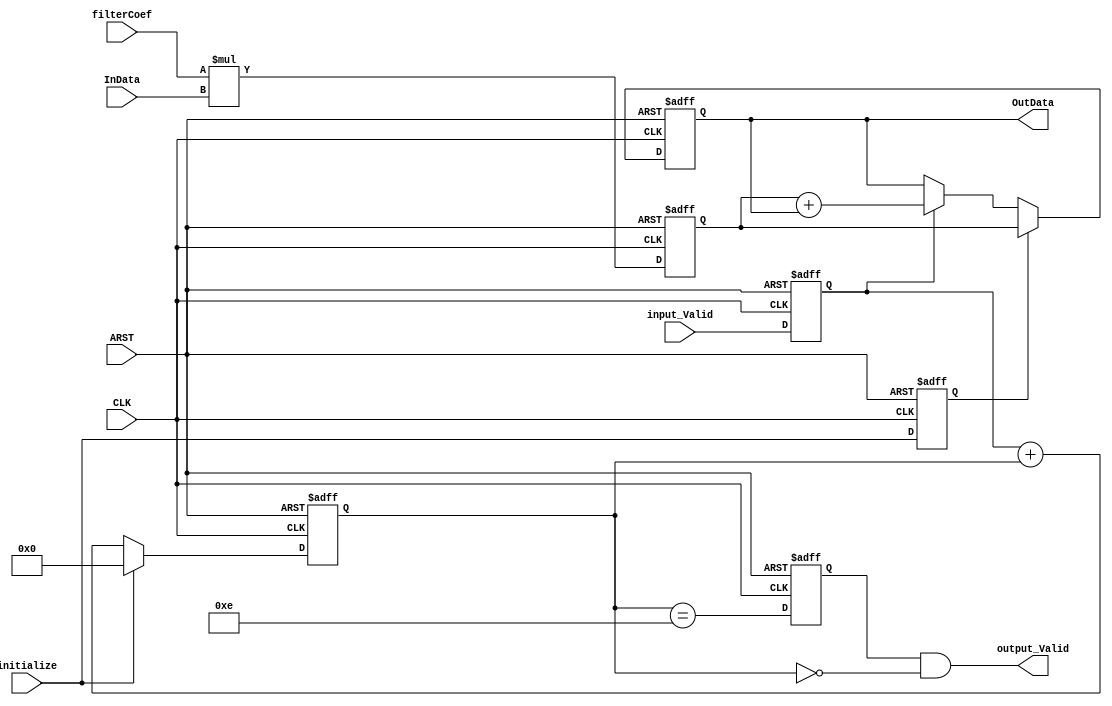
module MAC1
  (/*AUTOARG*/
   // Outputs
   OutData, output_Valid,
   // Inputs
   CLK, ARST, input_Valid, initialize, InData, filterCoef
   );


   //**************************************************************************//
   //*                         Declarations                                   *//
   //**************************************************************************//
   // DATA TYPE - INPUTS AND OUTPUTS
   input                               CLK                     ;  // 60MHz Clock
   input                               ARST                    ;
   input                               input_Valid             ;
   input                               initialize              ;
   input   signed [(15):0] 	       InData, filterCoef      ;
//   input 			       Sync;
   
   output  signed [(31):0] 	       OutData                 ;
   output                              output_Valid            ;
   
   // DATA TYPE - REGISTERS
   reg     signed [(31):0] 	       mult            ;
   reg signed [31:0] 		       accum;
   
   reg                                 input_Valid0            ;
   reg                                 initialize1             ;
   
   reg                                 output_Valid_1          ;
   
   wire                                output_Valid            ;
   reg [3:0] 			       count                   ;
   
   // DATA TYPE - WIRES
   wire    signed [(31):0] 	       accum_tmp               ;
   wire [3:0] 			       taps                    ;
   

//   assign  taps = (15 == 15) ? 0 : (15 - 15 + 15) ;


   //**************************************************************************//
   //*                         Input Buffers                                  *//
   //**************************************************************************//
   always @(posedge CLK or posedge ARST)
     if (ARST)     input_Valid0 <=  1'b0 ;
     else          input_Valid0 <=  input_Valid ;
   
   always @(posedge CLK or posedge ARST)
     if (ARST)     initialize1 <=  1'b0 ;
     else          initialize1 <=  initialize ;
   
   
   //**************************************************************************//
   //*                         Multiply-Accumulate                            *//
   //**************************************************************************//
   // Multiplier
   always @(posedge CLK or posedge ARST)
     if (ARST)     mult[(31):0] <=  {(31){1'b0}} ;
     else          mult[(31):0] <=  filterCoef*InData  ;
   
   assign  accum_tmp[(31):0] =   mult[(31):0] + accum[(31):0];
    
   // Accumulator 
   always @(posedge CLK or posedge ARST)// or initialize)
     if (ARST)       accum[(31):0] <=  {(32){1'b0}} ;
     else            accum[(31):0] <=  (initialize1) ?
				       mult[31:0] :
				       (input_Valid0 ? accum_tmp[31:0]
					: accum[31:0]) ;

   //**************************************************************************//
   //*                            Counters                                    *//
   //**************************************************************************//
   always @ (posedge CLK or posedge ARST)
     if (ARST )     count[3:0] <=  {(4){1'b0}}  ;
     else           count[3:0] <= initialize ?
                                  0 :
                                  input_Valid0 + count[3:0] ;


   //**************************************************************************//
   //*                           Output Buffers                               *//
   //**************************************************************************//
   always @(posedge CLK or posedge ARST)
     if (ARST)     output_Valid_1 <=  1'b0 ;
     else          output_Valid_1 <=  (count[3:0]==(14))   ;
   
   assign  output_Valid            = output_Valid_1 & (count[3:0]==0) ;
   assign  OutData[31:0]           = accum[31:0]                          ;
   
   
endmodule